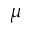
\mu